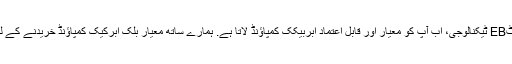
چین میں معروف مینوفیکچررز اور سپلائرز میں سے ایک ایٹEB ٹیکنالوجی، اب آپ کو معیار اور قابل اعتماد ابربیکک کمپاؤنڈ لاتا ہے. ہمارے ساتھ معیار بلک ابرکیک کمپاؤنڈ خریدنے کے لئے خوش آمدید اور حسب ضرورت احکام کا بھی استقبال ہے.